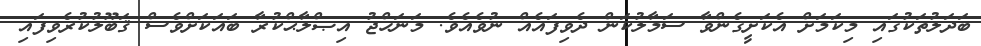
ބަދަލުތަކުގައި މިކަމަށް އެކަށީގެންވާ ސަމާލުކަން ދެވިފައެއް ނުވެއެވެ. މަނަހްޖު އިޞްލާޙްކުރާ ބައަކަށްވެސް ޤަބޫލުކުރެވިފައި